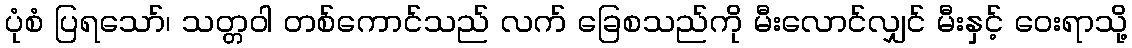
ပုံစံ ပြရသော်၊ သတ္တဝါ တစ်ကောင်သည် လက် ခြေစသည်ကို မီးလောင်လျှင် မီးနှင့် ဝေးရာသို့